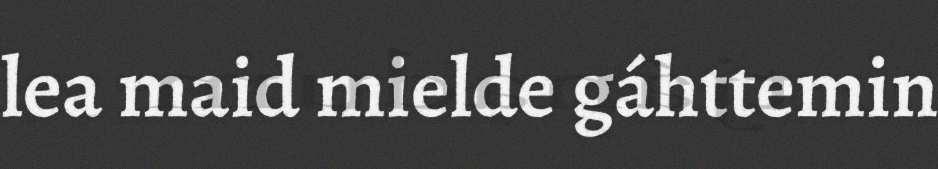
lea maid mielde gáhttemin